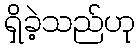
ရှိခဲ့သည်ဟု